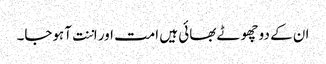
ان کے دو چھوٹے بھائی ہیں امت اور اننت آہوجا۔